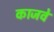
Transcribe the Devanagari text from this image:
काजवे